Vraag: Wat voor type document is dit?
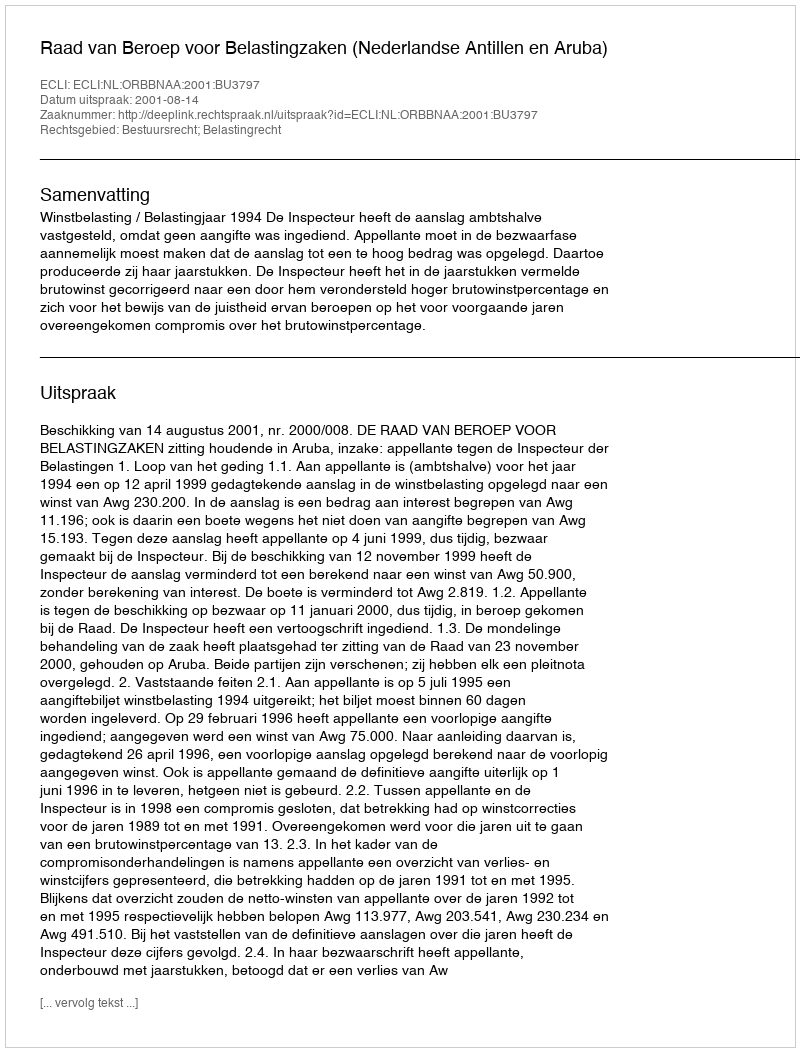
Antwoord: Uitspraak